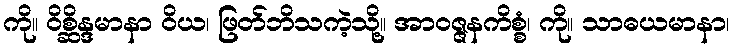
ကို။ ဝိစ္ဆိန္ဒမာနာ ဝိယ၊ ဖြတ်ဘိသကဲ့သို့။ အာဝဇ္ဇနကိစ္စံ၊ ကို။ သာဓယမာနာ၊